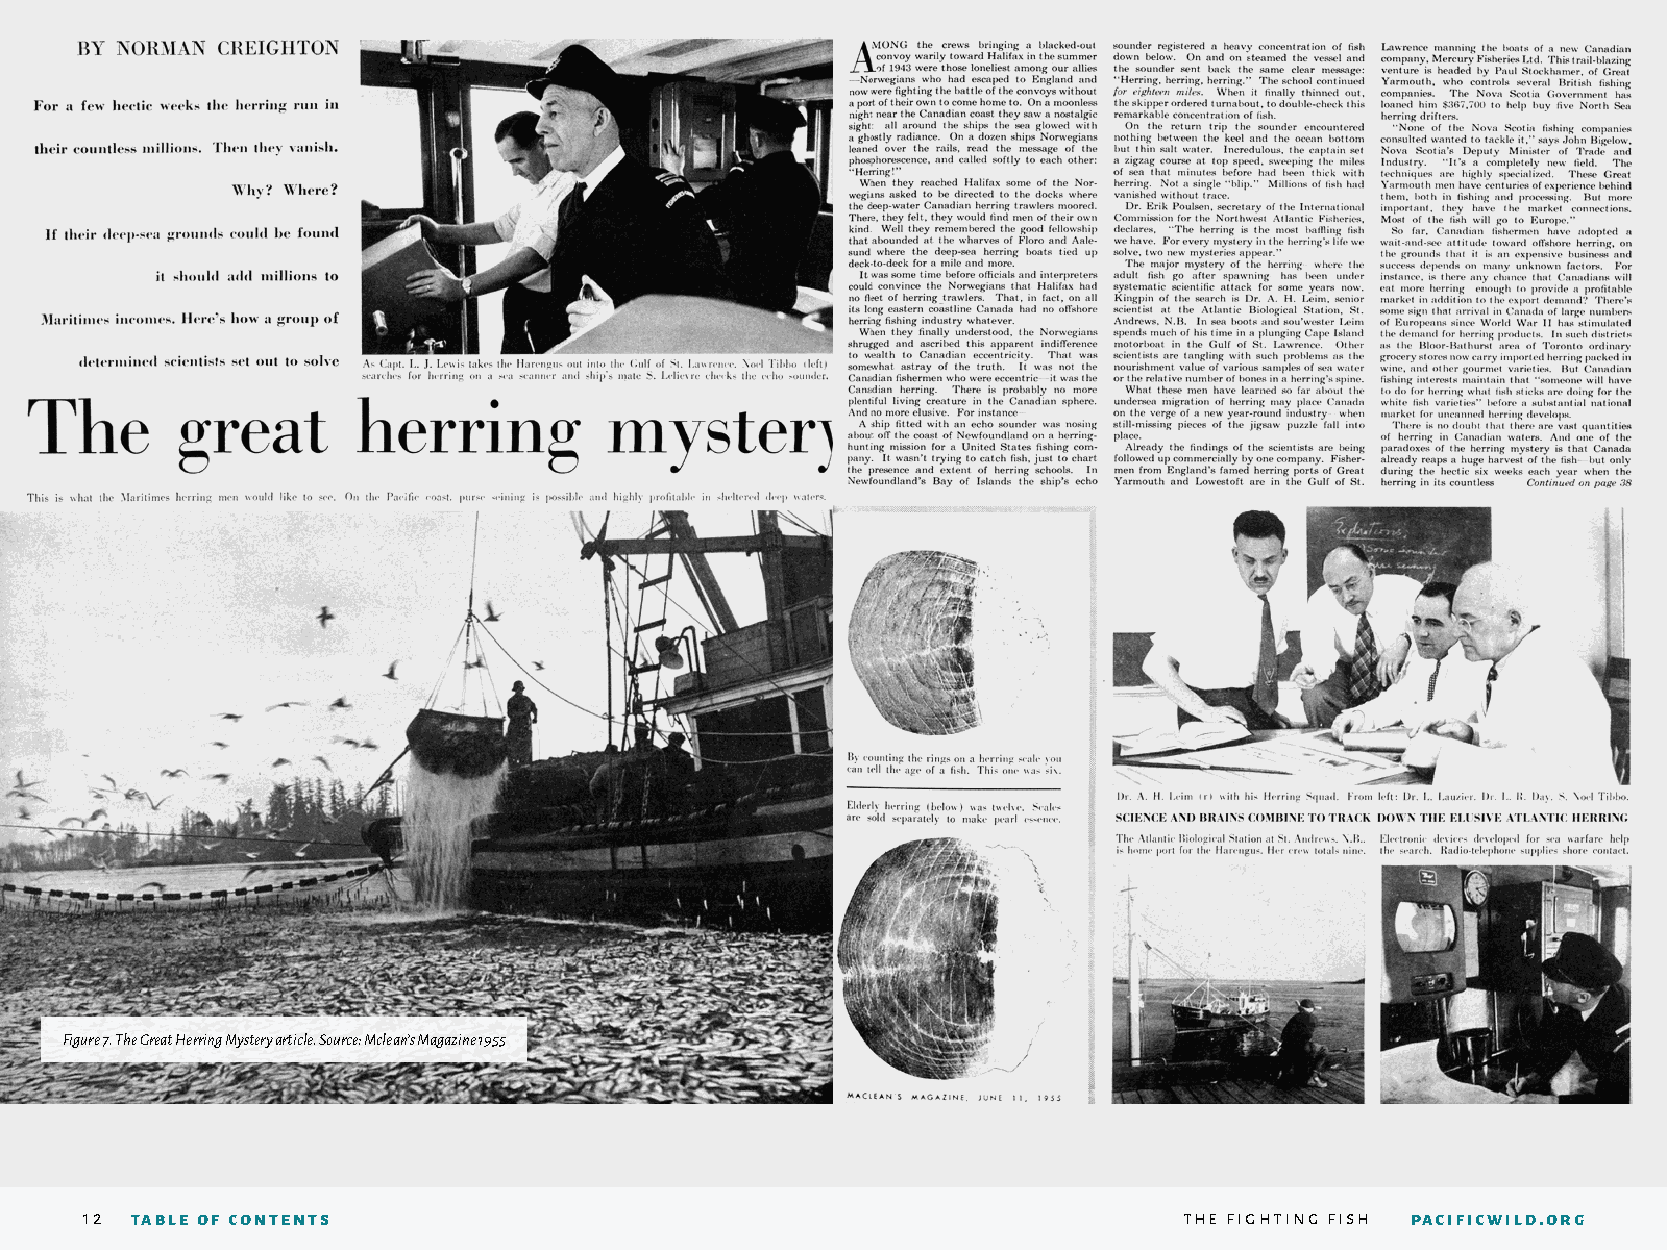
Figure 7. The Great Herring Mystery article. Source: Mclean’s Magazine 1955
 12 table of contents                                                    the fighting fish pacificwild.org